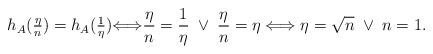
LaTeX: \begin{align*}h_A(\tfrac{\eta}{n}) = h_A(\tfrac{1}{\eta}){\Longleftrightarrow} \frac{\eta}{ n} = \frac{1}{\eta} \; \vee\; \frac{\eta}{ n} = \eta\Longleftrightarrow\eta = \sqrt{n} \; \vee \; n=1.\end{align*}